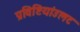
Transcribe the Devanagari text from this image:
प्रविष्टियांउलट